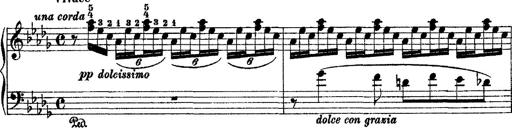
Title: 2 KonzertetÃ¼den
Composer: Franz Liszt